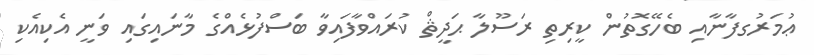
ޢުމަރުގފާނާއި ބެހޭގޮތުން ކީރިތި ރަސޫލާ ޙަދީޘް ކުރައްވާފައިވާ ބަސްފުޅެއްގެ މާނައިގައި ވަނީ އެކިއެކި